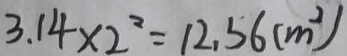
3 . 1 4 \times 2 ^ { 2 } = 1 2 . 5 6 ( m ^ { 2 } )